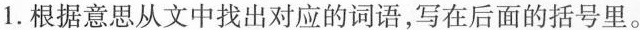
1.根据意思从文中找出对应的词语，写在后面的括号里。